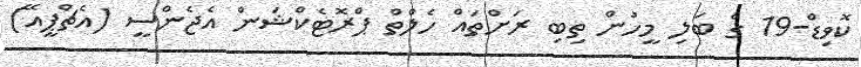
ކޮވިޑް-19 ގެ ބަލި މީހުން ތިބި ރަށްތައް ހެލްތް ޕްރޮޓެކްޝަން އެޖެންސީ (އެޗްޕީއޭ)